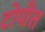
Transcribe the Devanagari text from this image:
टोपीत